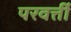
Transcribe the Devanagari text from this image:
परवर्त्ती